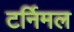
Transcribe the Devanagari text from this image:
टर्निमल